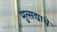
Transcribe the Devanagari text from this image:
मुत्सद्याचे